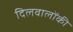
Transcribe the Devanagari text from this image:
दिलवालोंकी